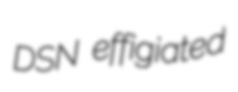
DSN effigiated